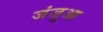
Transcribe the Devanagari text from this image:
जंजूआ